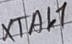
Text: XTAL7